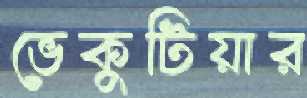
ভেকুটিয়ার